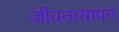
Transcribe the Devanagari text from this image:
जीवनव्यापन